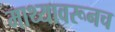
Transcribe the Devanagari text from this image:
माथ्यावरूनच